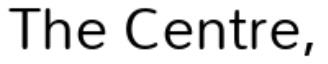
The Centre,